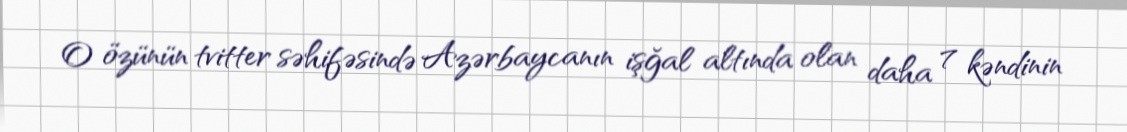
O özünün tvitter səhifəsində Azərbaycanın işğal altında olan daha 7 kəndinin